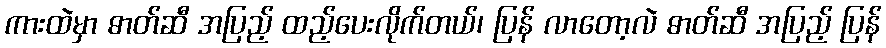
ကားထဲမှာ ဓာတ်ဆီ အပြည့် ထည့်ပေးလိုက်တယ်၊ ပြန် လာတော့လဲ ဓာတ်ဆီ အပြည့် ပြန်